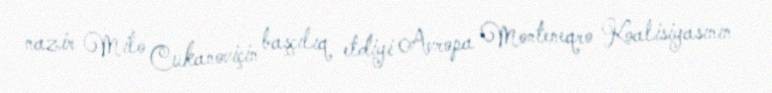
nazir Milo Cukanoviçin başçılıq etdiyi Avropa Monteneqro Koalisiyasının